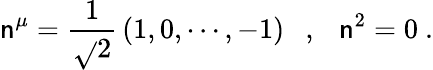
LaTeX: \mathsf{n}^{\mu}=\frac{{1}}{{\sqrt{}{{2}}}}\, (1,0,\cdots,-1)\ \ \ ,\ \ \ \mathsf{n}^{2}=0\ .